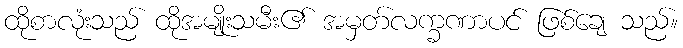
ထိုစာလုံးသည် ထိုအမျိုးသမီး၏ အမှတ်လက္ခဏာပင် ဖြစ်ချေ သည်။